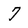
Character: 7